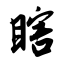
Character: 瞎